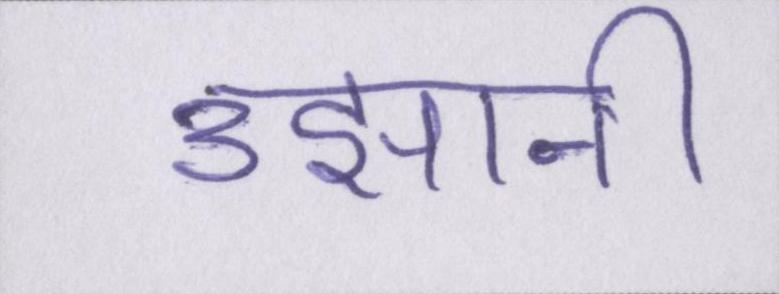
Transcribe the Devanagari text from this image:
उझानी